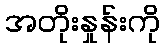
အတိုးနှုန်းကို